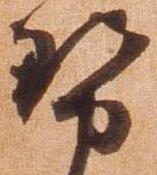
勢